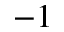
^ { - 1 }